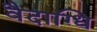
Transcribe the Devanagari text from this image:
वैदाग्धि